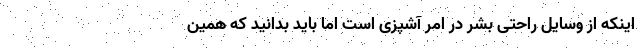
اینکه از وسایل راحتی بشر در امر آشپزی است اما باید بدانید که همین